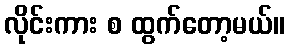
လိုင်းကား စ ထွက်တော့မယ်။